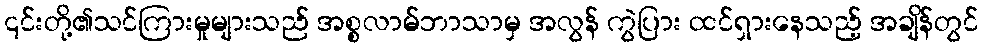
၎င်းတို့၏သင်ကြားမှုများသည် အစ္စလာမ်ဘာသာမှ အလွန် ကွဲပြား ထင်ရှားနေသည့် အချိန်တွင်